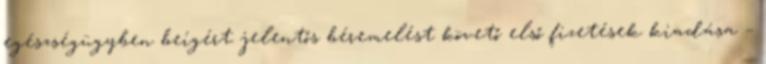
egészségügyben beígért jelentős béremelést követő első fizetések kiadása –